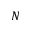
N